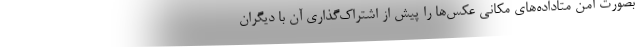
بصورت امن متاداده‌های مکانی عکس‌ها را پیش از اشتراک‌گذاری آن با دیگران